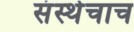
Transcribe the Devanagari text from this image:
संस्थेचाच